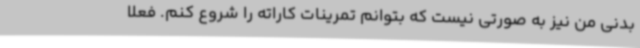
بدنی من نیز به صورتی نیست که بتوانم تمرینات کاراته را شروع کنم. فعلا